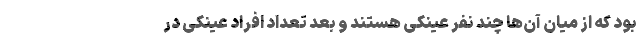
بود که از میان آن‌ها چند نفر عینکی هستند و بعد تعداد افراد عینکی در